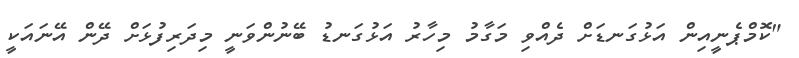
"ކޮމްޕެނީއިން އަޅުގަނޑަށް ދެއްވި މަގާމު މިހާރު އަޅުގަނޑު ބޭނުންވަނީ މިދަރިފުޅަށް ދޭން އޭނައަކީ